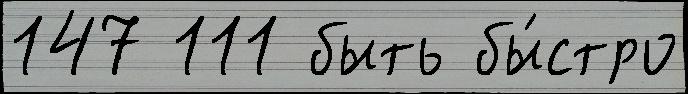
147 111 быть бы́стро